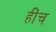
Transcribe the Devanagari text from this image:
हींच